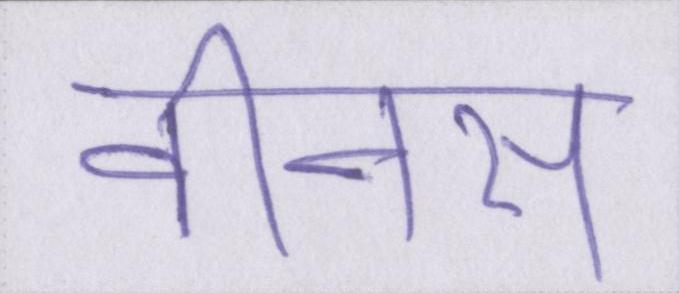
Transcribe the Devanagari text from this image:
वीनस